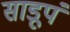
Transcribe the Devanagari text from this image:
साडूपं